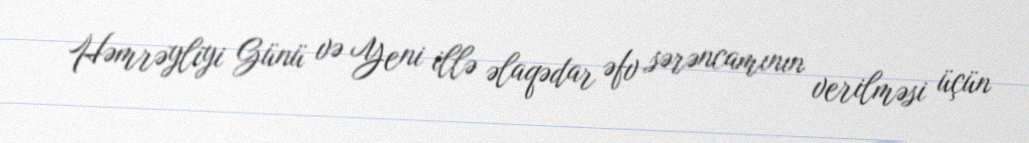
Həmrəyliyi Günü və Yeni illə əlaqədar əfv sərəncamının verilməsi üçün